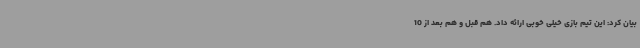
بیان کرد: این تیم بازی خیلی خوبی ارائه داد. هم قبل و هم بعد از 10